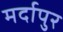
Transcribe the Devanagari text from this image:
मर्दापुर